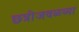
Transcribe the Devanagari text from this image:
छत्रीजवळच्या